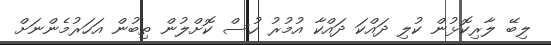
ލިބޭ ލާރިކޮޅުން ކުލި ދައްކަ ދައްކާ އުމުރު ހުސް ކޮށްލުން ތިބުން އަހަރުމެންނަށް